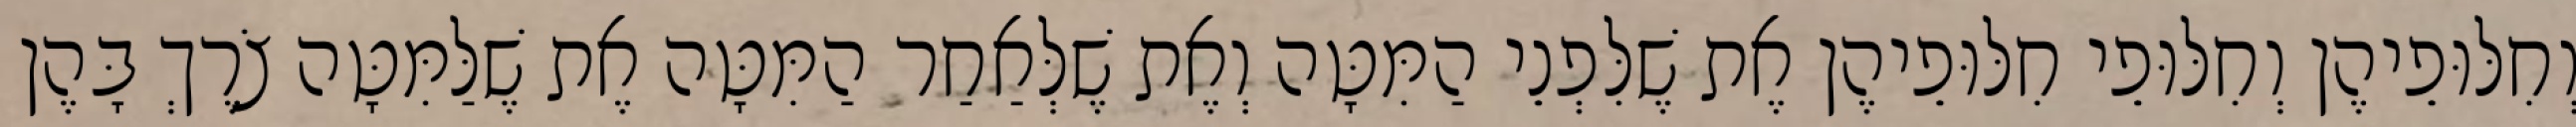
וְחִלּוּפֵיהֶן וְחִלּוּפֵי חִלּוּפֵיהֶן אֶת שֶׁלִּפְנֵי הַמִּטָּה וְאֶת שֶׁלְּאַחַר הַמִּטָּה אֶת שֶׁלַּמִּטָּה צֹרֶךְ בָּהֶן